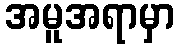
အမူအရာမှာ